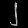
Digit: ၂